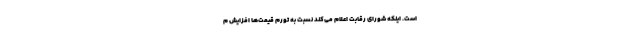
است. اینکه شورای رقابت اعلام می‌کند نسبت به تورم قیمت‌ها افزایش م